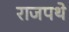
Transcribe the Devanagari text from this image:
राजपथे